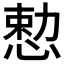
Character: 𪬈